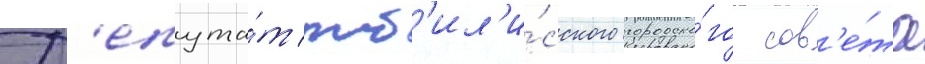
Д'епута́т тб'ил'и́сского городско́го сов'е́та